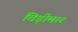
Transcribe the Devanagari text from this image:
चिड़ीमार